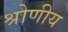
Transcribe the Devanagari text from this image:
श्रोणीय